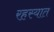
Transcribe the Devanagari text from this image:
रहस्यात